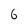
Character: 6